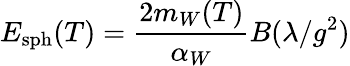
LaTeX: E_{\mathrm{sph}}(T)=\frac{2m_{W}(T)}{\alpha_{W}}B(\lambda/g^{2})